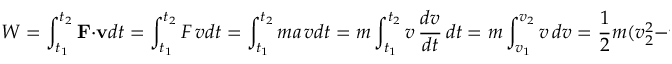
W = \int _ { t _ { 1 } } ^ { t _ { 2 } } \mathbf { F } \cdot \mathbf { v } d t = \int _ { t _ { 1 } } ^ { t _ { 2 } } F \, v d t = \int _ { t _ { 1 } } ^ { t _ { 2 } } m a \, v d t = m \int _ { t _ { 1 } } ^ { t _ { 2 } } v \, { \frac { d v } { d t } } \, d t = m \int _ { v _ { 1 } } ^ { v _ { 2 } } v \, d v = { \frac { 1 } { 2 } } m ( v _ { 2 } ^ { 2 } - v _ { 1 } ^ { 2 } ) .